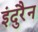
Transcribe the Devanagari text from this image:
इंदुरैन